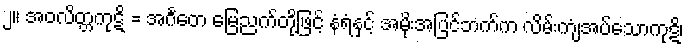
၂။ အဝလိတ္တကုဋိ = အင်္ဂတေ မြေညက်တို့ဖြင့် နံရံနှင့် အမိုးအပြင်ဘက်က လိမ်းကျံအပ်သောကုဋိ၊